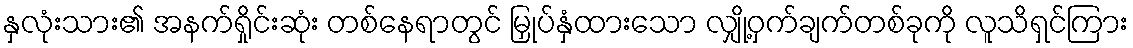
နှလုံးသား၏ အနက်ရှိုင်းဆုံး တစ်နေရာတွင် မြှုပ်နှံထားသော လျှို့ဝှက်ချက်တစ်ခုကို လူသိရှင်ကြား